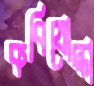
কবিযোদ্ধা